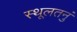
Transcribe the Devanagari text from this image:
स्थूलतनुं